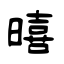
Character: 暿